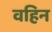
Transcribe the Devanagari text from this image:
वहिन